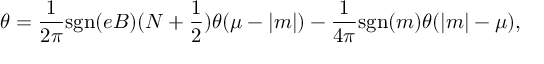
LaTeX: \theta = \frac { 1 } { 2 \pi } \mathrm { s g n } ( e B ) ( N + \frac { 1 } { 2 } ) \theta ( \mu - | m | ) - \frac { 1 } { 4 \pi } \mathrm { s g n } ( m ) \theta ( | m | - \mu ) ,